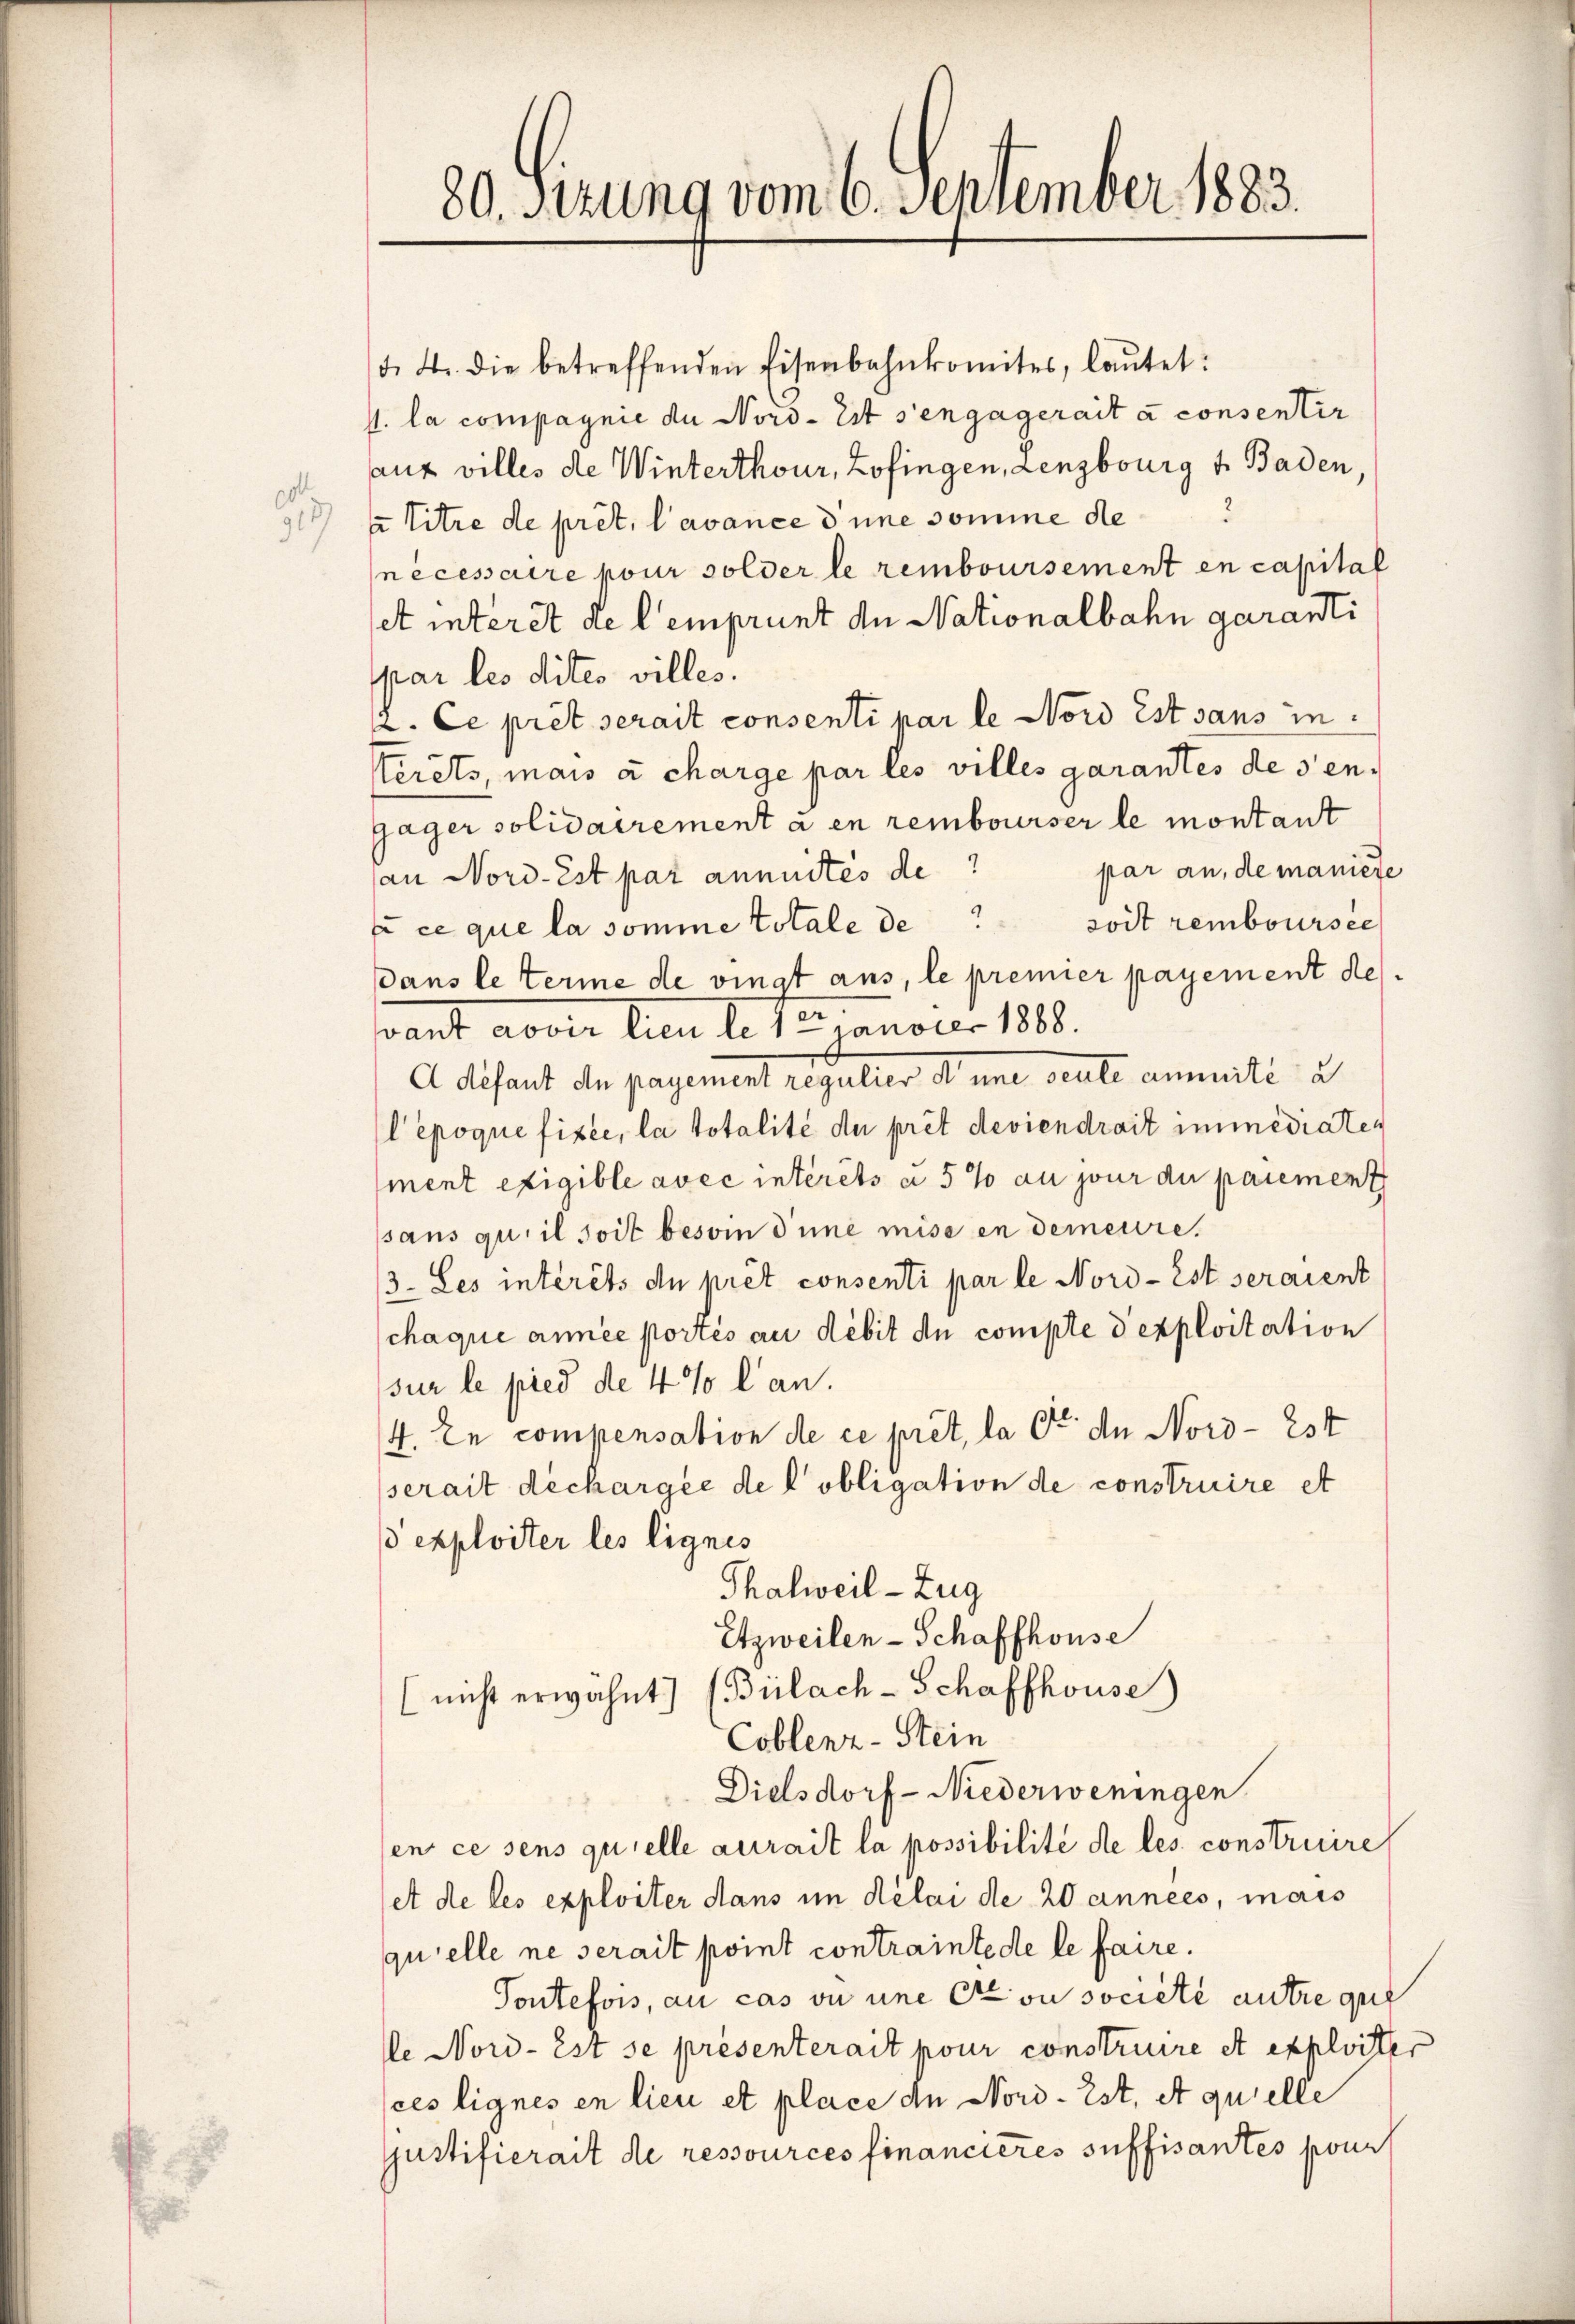
od
91

80 dizung vom 6. September 1883.

d. 4. die betreffenden Eisenbahnkomites, laŭtet:
s. la compagnie du Nord-Eit s’engagerait à consentir
auz villes de Winterthour, Zofingen, Lenzburg v. Baden
2
½ Titre de pret, l’avance d une somme de
nécessaire pour solder le remboursement en capital
set interst de l’emprunt an Nationalbahn garanti
par les dites villes.
v. Ce pret serait consenti par le Nord est sans in
terêts, mais à charge par les villes garantes de sen¬
Gager solidairement a en rembourser le montant
an Nord-Est par annuités de par an, de maniete
soit remboursee
f ce que la somme totale de
dans le terme de vinat aus, le premier payement des
dant avoir lieu le tercenober 1888.
A disant den payement regulier anne heute anmuti u
l’époque fixée, la totalité de prêt deviendrait immediaten
ment exigible avec intérêts à 5 % au jour du paiement
sans qui il soit besoin d’une mise in demeure.
3. Les intérêts de prêt consenti par le Nord-Est seraient
chaque année portés au débit de compte dexploitation
sur le pied de 4 % l an.
4. En compensation de ce pret, la Otto de Nord-2st
serait dechargée de l’obligation de construire et
 exploiter les lignes
Thalweil-Zug
Etzweilen-Schaffhouse
(nicht erwähnt. (Bülach-Schaffhouse)
Coblenz-Stein
Dielsdorf - Niederweningen
en ce sens quelle aurait la possibilité de les construire
et de les exploiter dans im Delai de 20 années, mais
quelle ne serait point contrainte de le faire.
Toutefois, au cas ou une et ou societe autre qui
le Nord-Est se présenterait pour construire et exploiter
ces lignes en lieu et place de Nord-Est, et quelle
justifierait de ressources financieres suffisantes pour